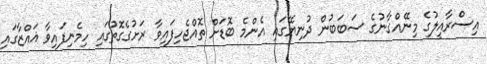
އިސްރާއީލުގެ މިނޭއްގާނުގެ ސަބަބުން ދުނިޔޭގައި އެންމެ ބޮޑަށް ތޮއްޖެހިފައިވާ ރަށުގެގޮތުގައި ހިމެނިފައިވާ ޣައްޒާގައި